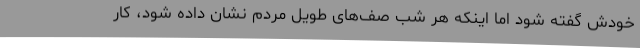
خودش گفته شود اما اینکه هر شب صف‌های طویل مردم نشان داده شود، کار